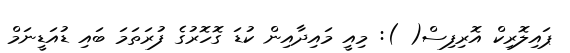
ޕައިލޮރިކް އޮރިފިސް( ): މިއީ މައިދާއިން ކުޑަ ގޮހޮރުގެ ފުރަތަމަ ބައި ޑުއަޑީނަމް